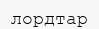
лордтар